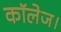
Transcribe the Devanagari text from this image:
कॉलेज।